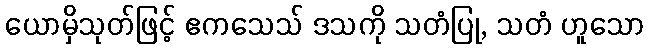
ယောမှိသုတ်ဖြင့် ဧကသေသ် ဒသကို သတံပြု, သတံ ဟူသော